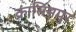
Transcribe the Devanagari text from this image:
क़ासिमपुर